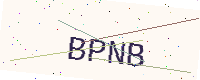
Text: BPNB